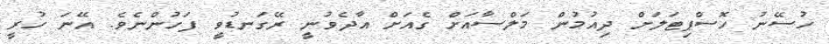
ހުސޭނު ހޮސްޕިޓަލަށް ދިއުމުން މަލްސާއަށް ގެއަށް އާދެވުނީ ރޭގަނޑުވީ ފަހުންނެވެ. އޭނަ ހުރީ